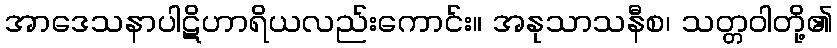
အာဒေသနာပါဋိဟာရိယလည်းကောင်း။ အနုသာသနီစ၊ သတ္တဝါတို့၏